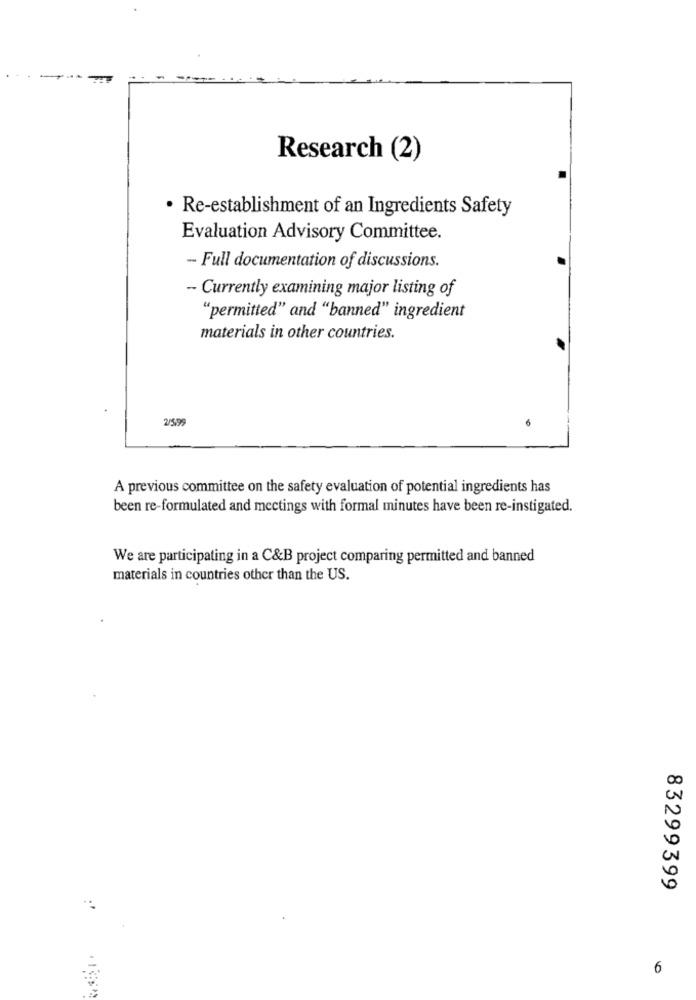
Research (2)
· Re-establishment of an Ingredients Safety
Evaluation Advisory Committee.
- Full documentation of discussions.
- Currently examining major listing of
"permitted" and "banned" ingredient
materials in other countries.
25.99
A previous committee on the safety evaluation of potential ingredients has
been re-formulated and mectings with formal minutes have been re-instigated.
We are participating in a C&B project comparing permitted and banned
materials in countries other than the US.
83299399
6